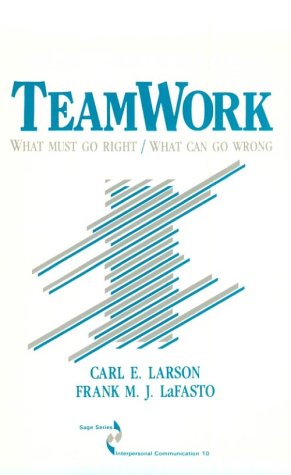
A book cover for Teamwork: What Must Go Right/What Can Go Wrong (SAGE Series in Interpersonal Communication); Carl Larson; Business & Money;